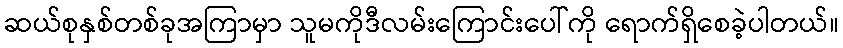
ဆယ်စုနှစ်တစ်ခုအကြာမှာ သူမကိုဒီလမ်းကြောင်းပေါ်ကို ရောက်ရှိစေခဲ့ပါတယ်။